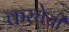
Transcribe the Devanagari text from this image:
करचेची